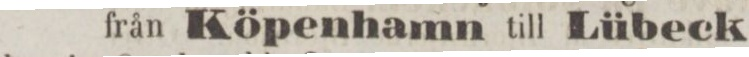
från Köpenhamn till Lübeck